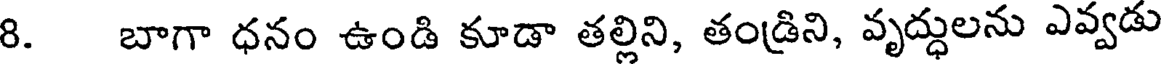
8. బాగా ధనం ఉండి కూడా తల్లిని, తండ్రిని, వృద్ధులను ఎవ్వడు